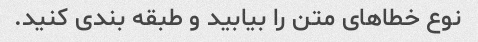
نوع خطاهای متن را بیابید و طبقه بندی کنید.